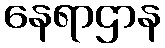
နေရာဌာန